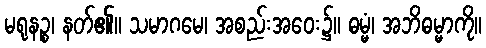
မရုနဉ္စ၊ နတ်၏။ သမာဂမေ၊ အစည်းအဝေး၌။ ဓမ္မံ၊ အဘိဓမ္မာကို။